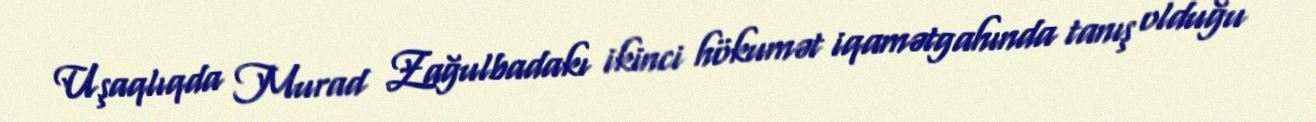
Uşaqlıqda Murad Zağulbadakı ikinci hökumət iqamətgahında tanış olduğu